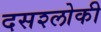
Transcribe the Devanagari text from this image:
दसश्लोकी